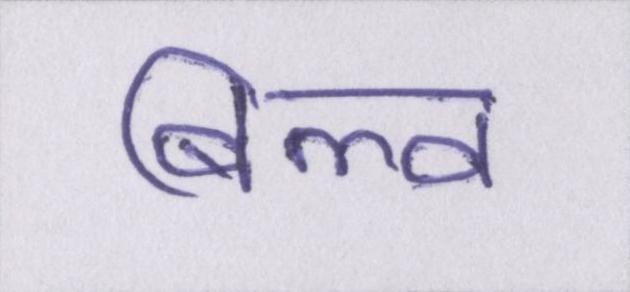
बिल्व